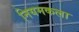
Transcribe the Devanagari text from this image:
नियमकला